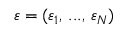
\boldsymbol { \varepsilon } = ( \varepsilon _ { 1 } , \, . . . , \, \varepsilon _ { N } )